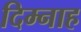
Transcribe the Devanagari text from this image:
दिम्नाह